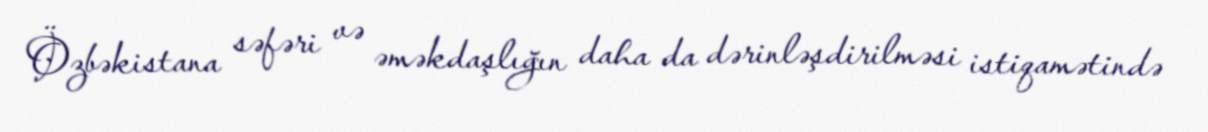
Özbəkistana səfəri və əməkdaşlığın daha da dərinləşdirilməsi istiqamətində